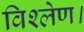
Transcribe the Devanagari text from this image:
विश्लेण।